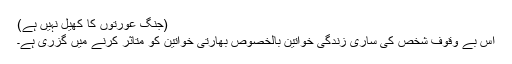
(جنگ عورتوں کا کھیل نہیں ہے)
اس بے وقوف شخص کی ساری زندگی خواتین بالخصوص بھارتی خواتین کو متاثر کرنے میں گزری ہے۔